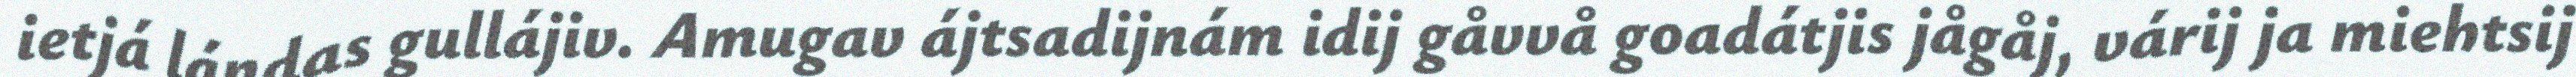
ietjá lándas gullájiv. Amugav ájtsadijnám idij gåvvå goadátjis jågåj, várij ja miehtsij